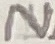
Text: N